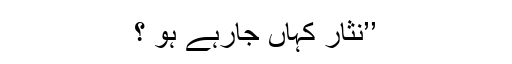
’’نثار کہاں جارہے ہو ؟